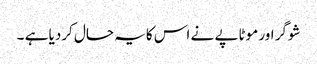
شوگر اور موٹاپے نے اس کایہ حال کردیا ہے ۔